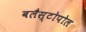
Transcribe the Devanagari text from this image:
बलैस्टोपोल